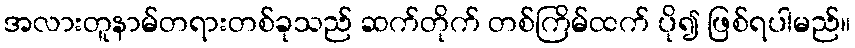
အလားတူနာမ်တရားတစ်ခုသည် ဆက်တိုက် တစ်ကြိမ်ထက် ပို၍ ဖြစ်ရပါမည်။